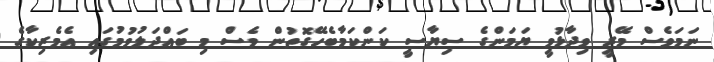
ނަމަވެސް މޭރީ ވިދާޅުވީ ޔަމަންގެ ސިޔާސީ ކަންކަމާބެހޭގޮތުން ވެސް މި ބައްދަލުވުމުގައި އެމެރިކާގެ